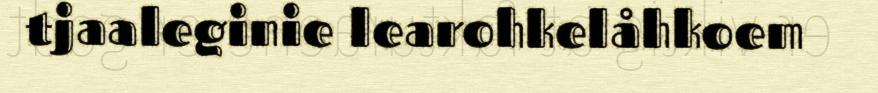
tjaaleginie learohkelåhkoem